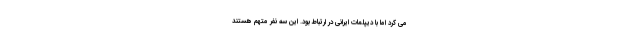
می کرد اما با دیپلمات ایرانی در ارتباط بود. این سه نفر متهم هستند